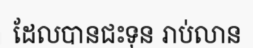
ដែលបានជះទុន រាប់លាន